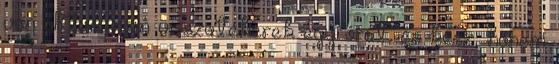
van állítva, nem visszatekerek egy órát, és kész, hanem